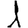
Digit: 1